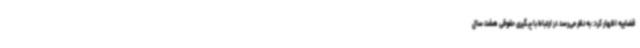
قضاییه اظهار کرد: به نظر می‌رسد در ارتباط با پیگیری حقوقی هشت سال